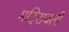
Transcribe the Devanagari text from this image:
मदिरावती